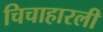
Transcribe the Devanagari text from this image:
चिचाहारली